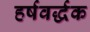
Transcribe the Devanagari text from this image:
हर्षवर्द्धक